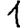
Digit: 1